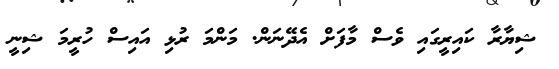
ޝިޔާރާ ކައިރީގައި ވެސް މާފަށް އެދޭނަން. މަންމަ ރުޅި އައިސް ހުރީމަ ޝިނީ